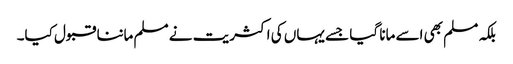
بلکہ مسلم بھی اسے مانا گیا جسے یہاں کی اکثریت نے مسلم ماننا قبول کیا۔